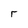
Character: r